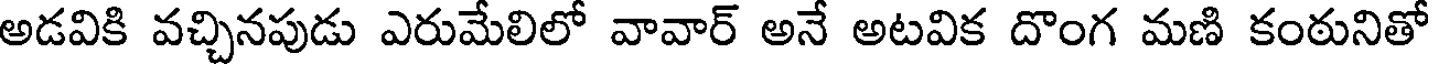
అడవికి వచ్చినపుడు ఎరుమేలిలో వావార్ అనే అటవిక దొంగ మణి కంఠునితో